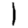
Digit: 1